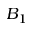
B _ { 1 }